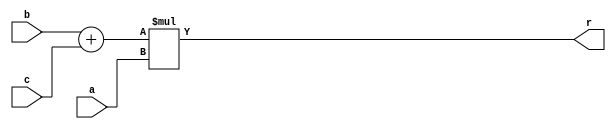
module OP5(

input [7:0]a,b,c,
output [15:0]r

);

assign r = (b+c)*a;

endmodule